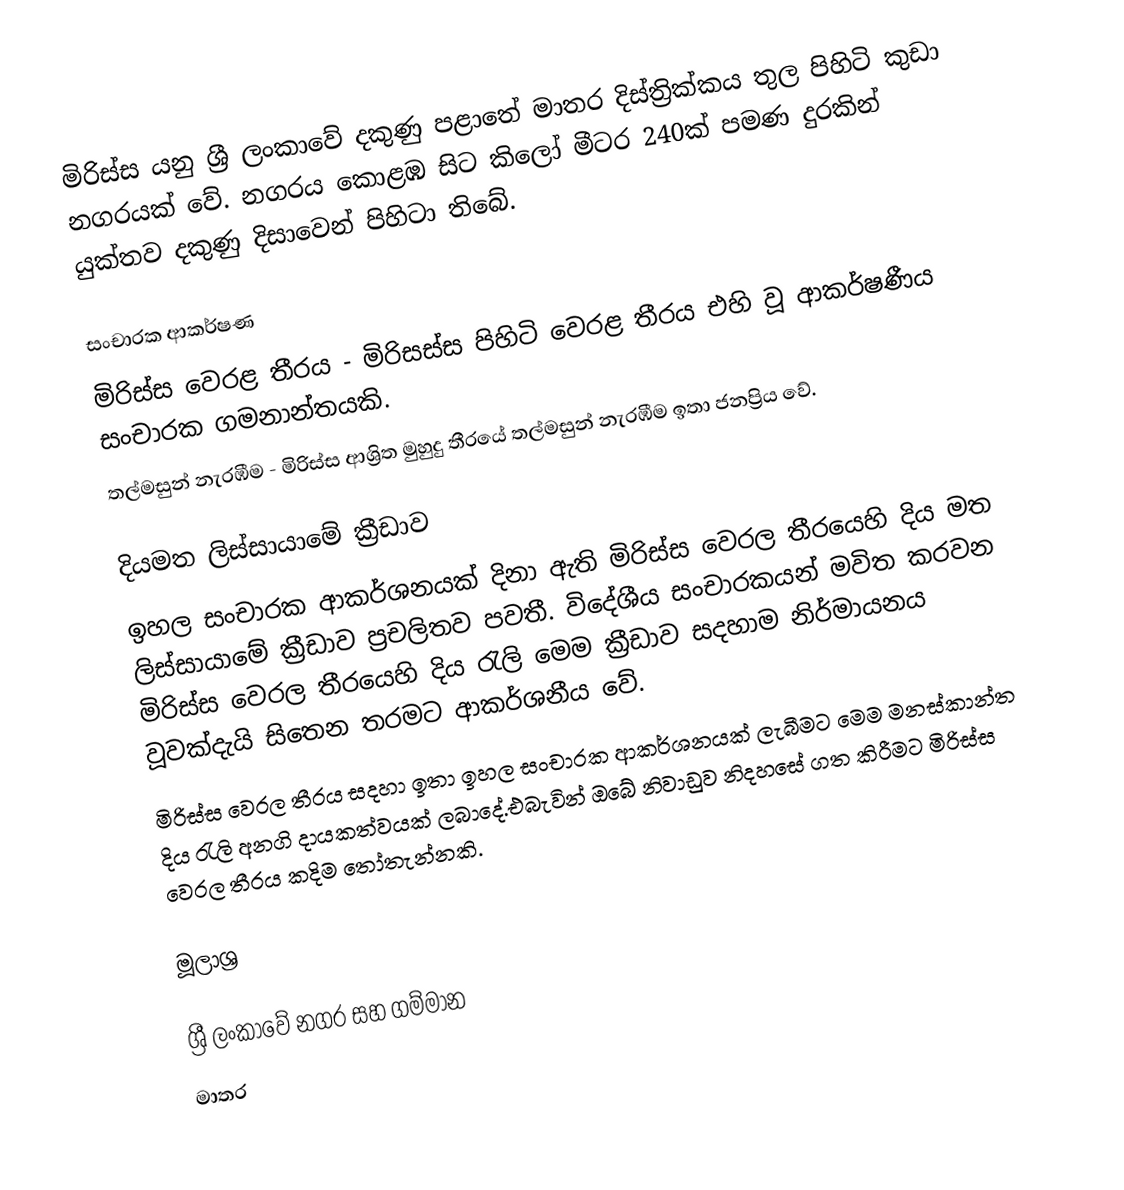
මිරිස්ස යනු ශ්‍රී ලංකාවේ දකුණු පළාතේ මාතර දිස්ත්‍රික්කය තුල පිහිටි කුඩා නගරයක් වේ. නගරය කොළඹ සිට කිලෝ මීටර 240ක් පමණ දුරකින් යුක්තව දකුණු දිසාවෙන් පිහිටා තිබේ.

සංචාරක ආකර්ෂණ
මිරිස්ස වෙරළ තීරය - මිරිසස්ස පිහිටි වෙරළ තීරය එහි වූ ආකර්ෂණීය සංචාරක ගමනාන්තයකි.
තල්මසුන් නැරඹීම - මිරිස්ස ආශ්‍රිත මුහුදු තීරයේ තල්මසුන් නැරඹීම ඉතා ජනප්‍රිය වේ.

දියමත ලිස්සායාමේ ක්‍රීඩාව
ඉහල සංචාරක ආකර්ශනයක් දිනා ඇති මිරිස්ස වෙරල තීරයෙහි දිය මත ලිස්සායාමේ ක්‍රීඩාව ප්‍රචලිතව පවතී. විදේශීය සංචාරකයන් මවිත කරවන මිරිස්ස වෙරල තීරයෙහි දිය රැලි මෙම ක්‍රීඩාව සදහාම නිර්මායනය වූවක්දැයි සිතෙන තරමට ආකර්ශනීය වේ.
    මිරිස්ස වෙරල තීරය සදහා ඉතා ඉහල සංචාරක ආකර්ශනයක් ලැබීම⁣ට මෙම මනස්කාන්ත දිය රැලි අනගි දායකත්වයක් ලබාදේ.එබැවින් ඔබේ නිවාඩුව නිදහසේ ගත කිරීමට මිරිස්ස වෙරල තීරය කදිම තෝතැන්නකි.

මූලාශ්‍ර

ශ්‍රී ලංකාවේ නගර සහ ගම්මාන
මාතර